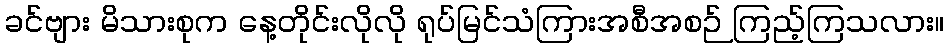
ခင်ဗျား မိသားစုက နေ့တိုင်းလိုလို ရုပ်မြင်သံကြားအစီအစဉ် ကြည့်ကြသလား။